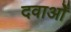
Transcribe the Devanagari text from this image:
दवाओँ